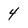
Character: 4